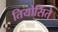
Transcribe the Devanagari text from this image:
तियोसिंते